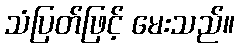
သံပြတ်ဖြင့် မေးသည်။